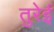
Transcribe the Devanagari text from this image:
तुरेई